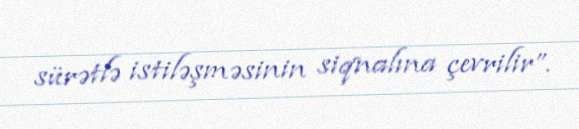
sürətlə istiləşməsinin siqnalına çevrilir”.